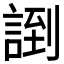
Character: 𲁪